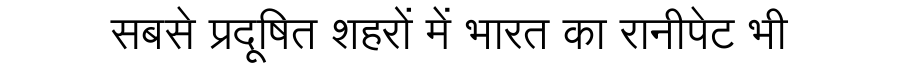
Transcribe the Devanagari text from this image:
सबसे प्रदूषित शहरों में भारत का रानीपेट भी